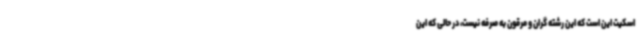
اسکیت این است که این رشته گران و مرقون به صرفه نیست، در حالی که این